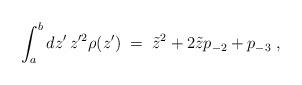
LaTeX: \begin{align*}\int_a^bdz'\,z'^2\rho(z')\;=\;\tilde{z}^2+2\tilde{z}p_{-2}+p_{-3}\;, \end{align*}